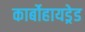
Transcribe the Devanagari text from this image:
कार्बोहायड्रेड